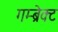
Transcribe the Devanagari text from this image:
गम्ब्रेक्ट